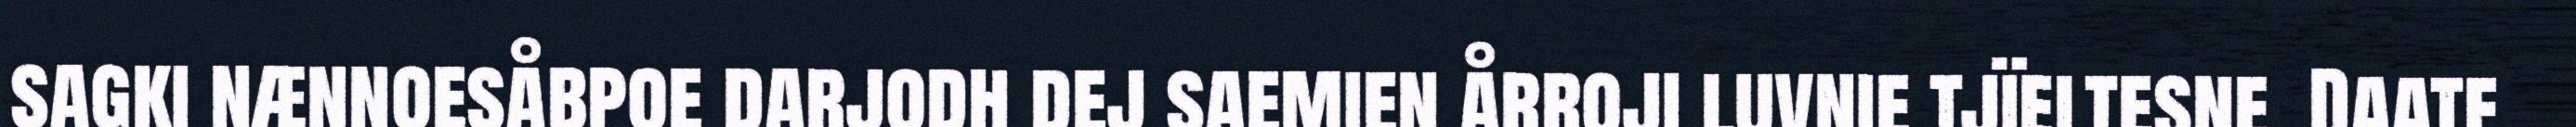
sagki nænnoesåbpoe darjodh dej saemien årroji luvnie tjïeltesne. Daate